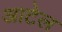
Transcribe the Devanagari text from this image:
आटेल